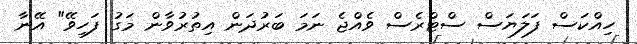
ހިއްކަސް ފަލަޔަސް ސްޓްރެސް ވެއްޖެ ނަމަ ބަރުދަން އިތުރުވާން މަގު ފަހިވޭ" އޭނާ